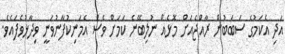
އަދި އެކަމުގެ ސަބަބުން ރާއްޖެއަށް މޮޅެއް ނުލިބޭނެ ކަމަށް ވެސް އެމަނިކުފާނުވަނީ ވިދާޅުވެފައެވެ.